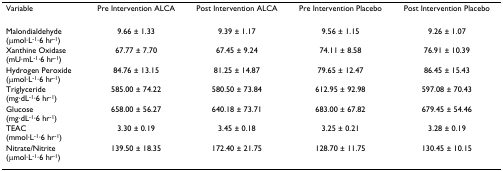
<table><thead><tr><td><b>Variable</b></td><td><b>Pre Intervention ALCA</b></td><td><b>Post Intervention ALCA</b></td><td><b>Pre Intervention Placebo</b></td><td><b>Post Intervention Placebo</b></td></tr></thead><tbody><tr><td>Malondialdehyde(μmol·L<sup>-1</sup>·6 hr<sup>-1</sup>)</td><td>9.66 ± 1.33</td><td>9.39 ± 1.17</td><td>9.56 ± 1.15</td><td>9.26 ± 1.07</td></tr><tr><td>Xanthine Oxidase(mU·mL<sup>-1</sup>·6 hr<sup>-1</sup>)</td><td>67.77 ± 7.70</td><td>67.45 ± 9.24</td><td>74.11 ± 8.58</td><td>76.91 ± 10.39</td></tr><tr><td>Hydrogen Peroxide(μmol·L<sup>-1</sup>·6 hr<sup>-1</sup>)</td><td>84.76 ± 13.15</td><td>81.25 ± 14.87</td><td>79.65 ± 12.47</td><td>86.45 ± 15.43</td></tr><tr><td>Triglyceride(mg·dL<sup>-1</sup>·6 hr<sup>-1</sup>)</td><td>585.00 ± 74.22</td><td>580.50 ± 73.84</td><td>612.95 ± 92.98</td><td>597.08 ± 70.43</td></tr><tr><td>Glucose(mg·dL<sup>-1</sup>·6 hr<sup>-1</sup>)</td><td>658.00 ± 56.27</td><td>640.18 ± 73.71</td><td>683.00 ± 67.82</td><td>679.45 ± 54.46</td></tr><tr><td>TEAC(mmol·L<sup>-1</sup>·6 hr<sup>-1</sup>)</td><td>3.30 ± 0.19</td><td>3.45 ± 0.18</td><td>3.25 ± 0.21</td><td>3.28 ± 0.19</td></tr><tr><td>Nitrate/Nitrite(μmol·L<sup>-1</sup>·6 hr<sup>-1</sup>)</td><td>139.50 ± 18.35</td><td>172.40 ± 21.75</td><td>128.70 ± 11.75</td><td>130.45 ± 10.15</td></tr></tbody></table>